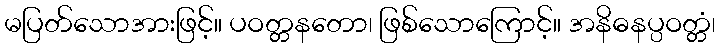
မပြတ်သောအားဖြင့်။ ပဝတ္တနတော၊ ဖြစ်သောကြောင့်။ အနိဓနပ္ပဝတ္တံ၊